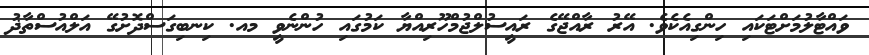
ވައްޓާލުމަށްޓަކައި ހިންގިއެކެވެ. އޭރު ރާއްޖޭގެ ރައީސުލްޖުމްހޫރިއްޔާ ކަމުގައި ހުންނެވީ މއ. ކިނބިގަސްދޮށުގޭ އަލްއުސްތާޛު